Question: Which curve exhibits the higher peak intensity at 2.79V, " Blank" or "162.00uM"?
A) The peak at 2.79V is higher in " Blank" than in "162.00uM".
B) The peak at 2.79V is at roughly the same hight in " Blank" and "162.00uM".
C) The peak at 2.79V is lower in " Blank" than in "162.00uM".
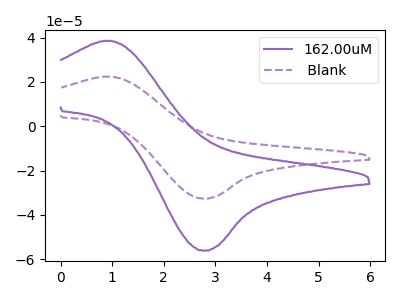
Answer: <think>The purple curve "162.00uM" has an anodic peak at (1.00V, 38.45uA) and a cathodic peak at (2.80V, -56.05uA). The purple dashed curve " Blank" has an anodic peak at (1.00V, 22.35uA) and a cathodic peak at (2.80V, -32.60uA).</think>
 <answer>C) The peak at 2.79V is lower in " Blank" than in "162.00uM".</answer>
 <eval>C</eval>